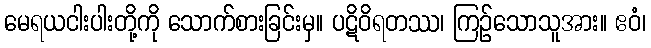
မေရယငါးပါးတို့ကို သောက်စားခြင်းမှ။ ပဋိဝိရတဿ၊ ကြဉ်သောသူအား။ ဧဝံ၊